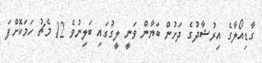
ގާޑިއޯލާގެ އިރުޝާދުގެ ދަށުން ބަޔާން ވަނީ ލީގުގައި ބަލިނުވެ 12 މެޗު ހަމަކޮށްފަ